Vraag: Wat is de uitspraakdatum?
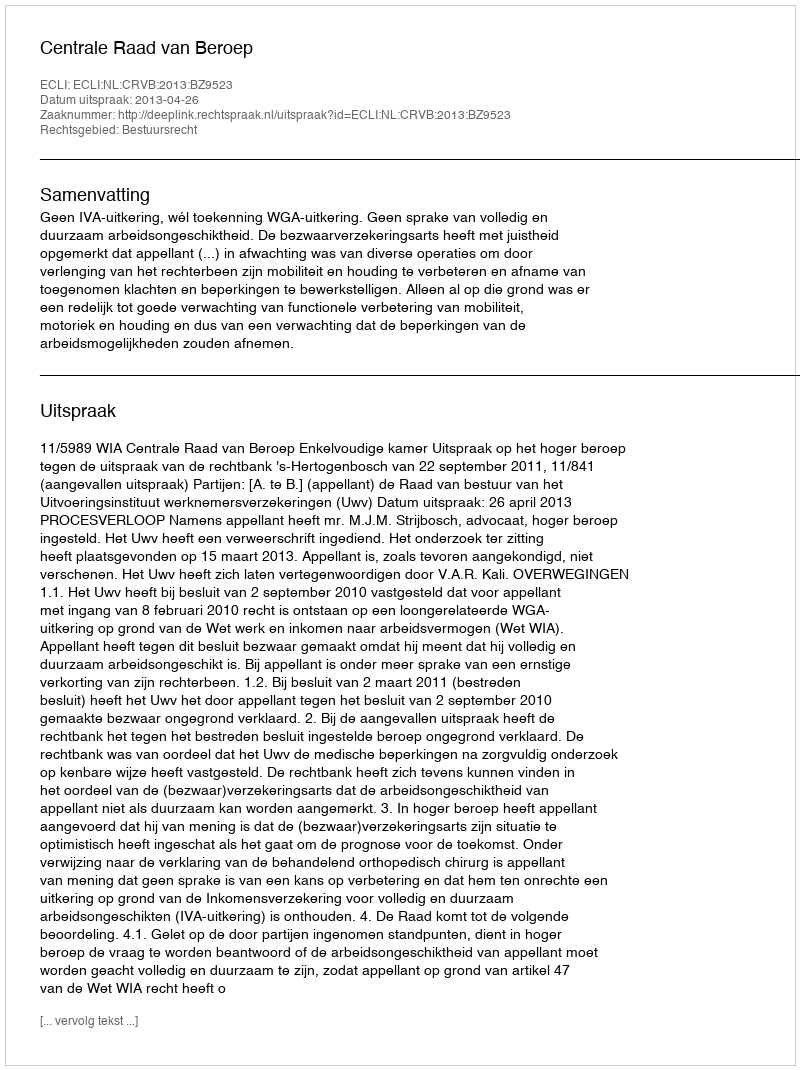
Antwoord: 2013-04-26